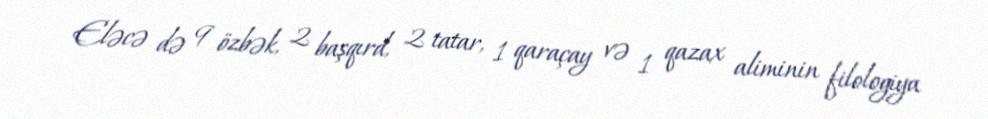
Eləcə də 9 özbək, 2 başqırd, 2 tatar, 1 qaraçay və 1 qazax aliminin filologiya